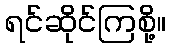
ရင်ဆိုင်ကြစို့။